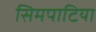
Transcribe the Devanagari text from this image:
सिमपाटिया